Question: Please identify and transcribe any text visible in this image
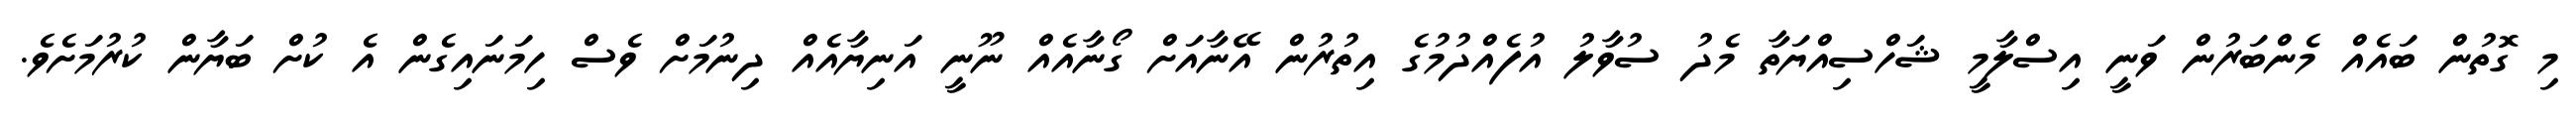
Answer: މި ގޮތުން ބައެއް މެންބަރުން ވަނީ އިސްލާމީ ޝަހްސިއްޔަތާ މެދު ސުވާލު އުފެއްދުމުގެ އިތުރުން އޭނާއަށް ގޯނާއެއް ނޫނީ އަނިޔާއެއް ދިނުމަށް ވެސް ހިމަނައިގެން އެ ކުށް ބަޔާން ކުރުމަށެވެ.